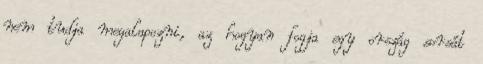
nem tudja megalapozni, az hogyan fogja egy ország sorsát